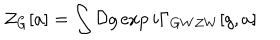
{ \cal Z } _ { G } [ a ] = \int { \cal D } g \exp { i \Gamma _ { G W Z W } [ g , a ] }